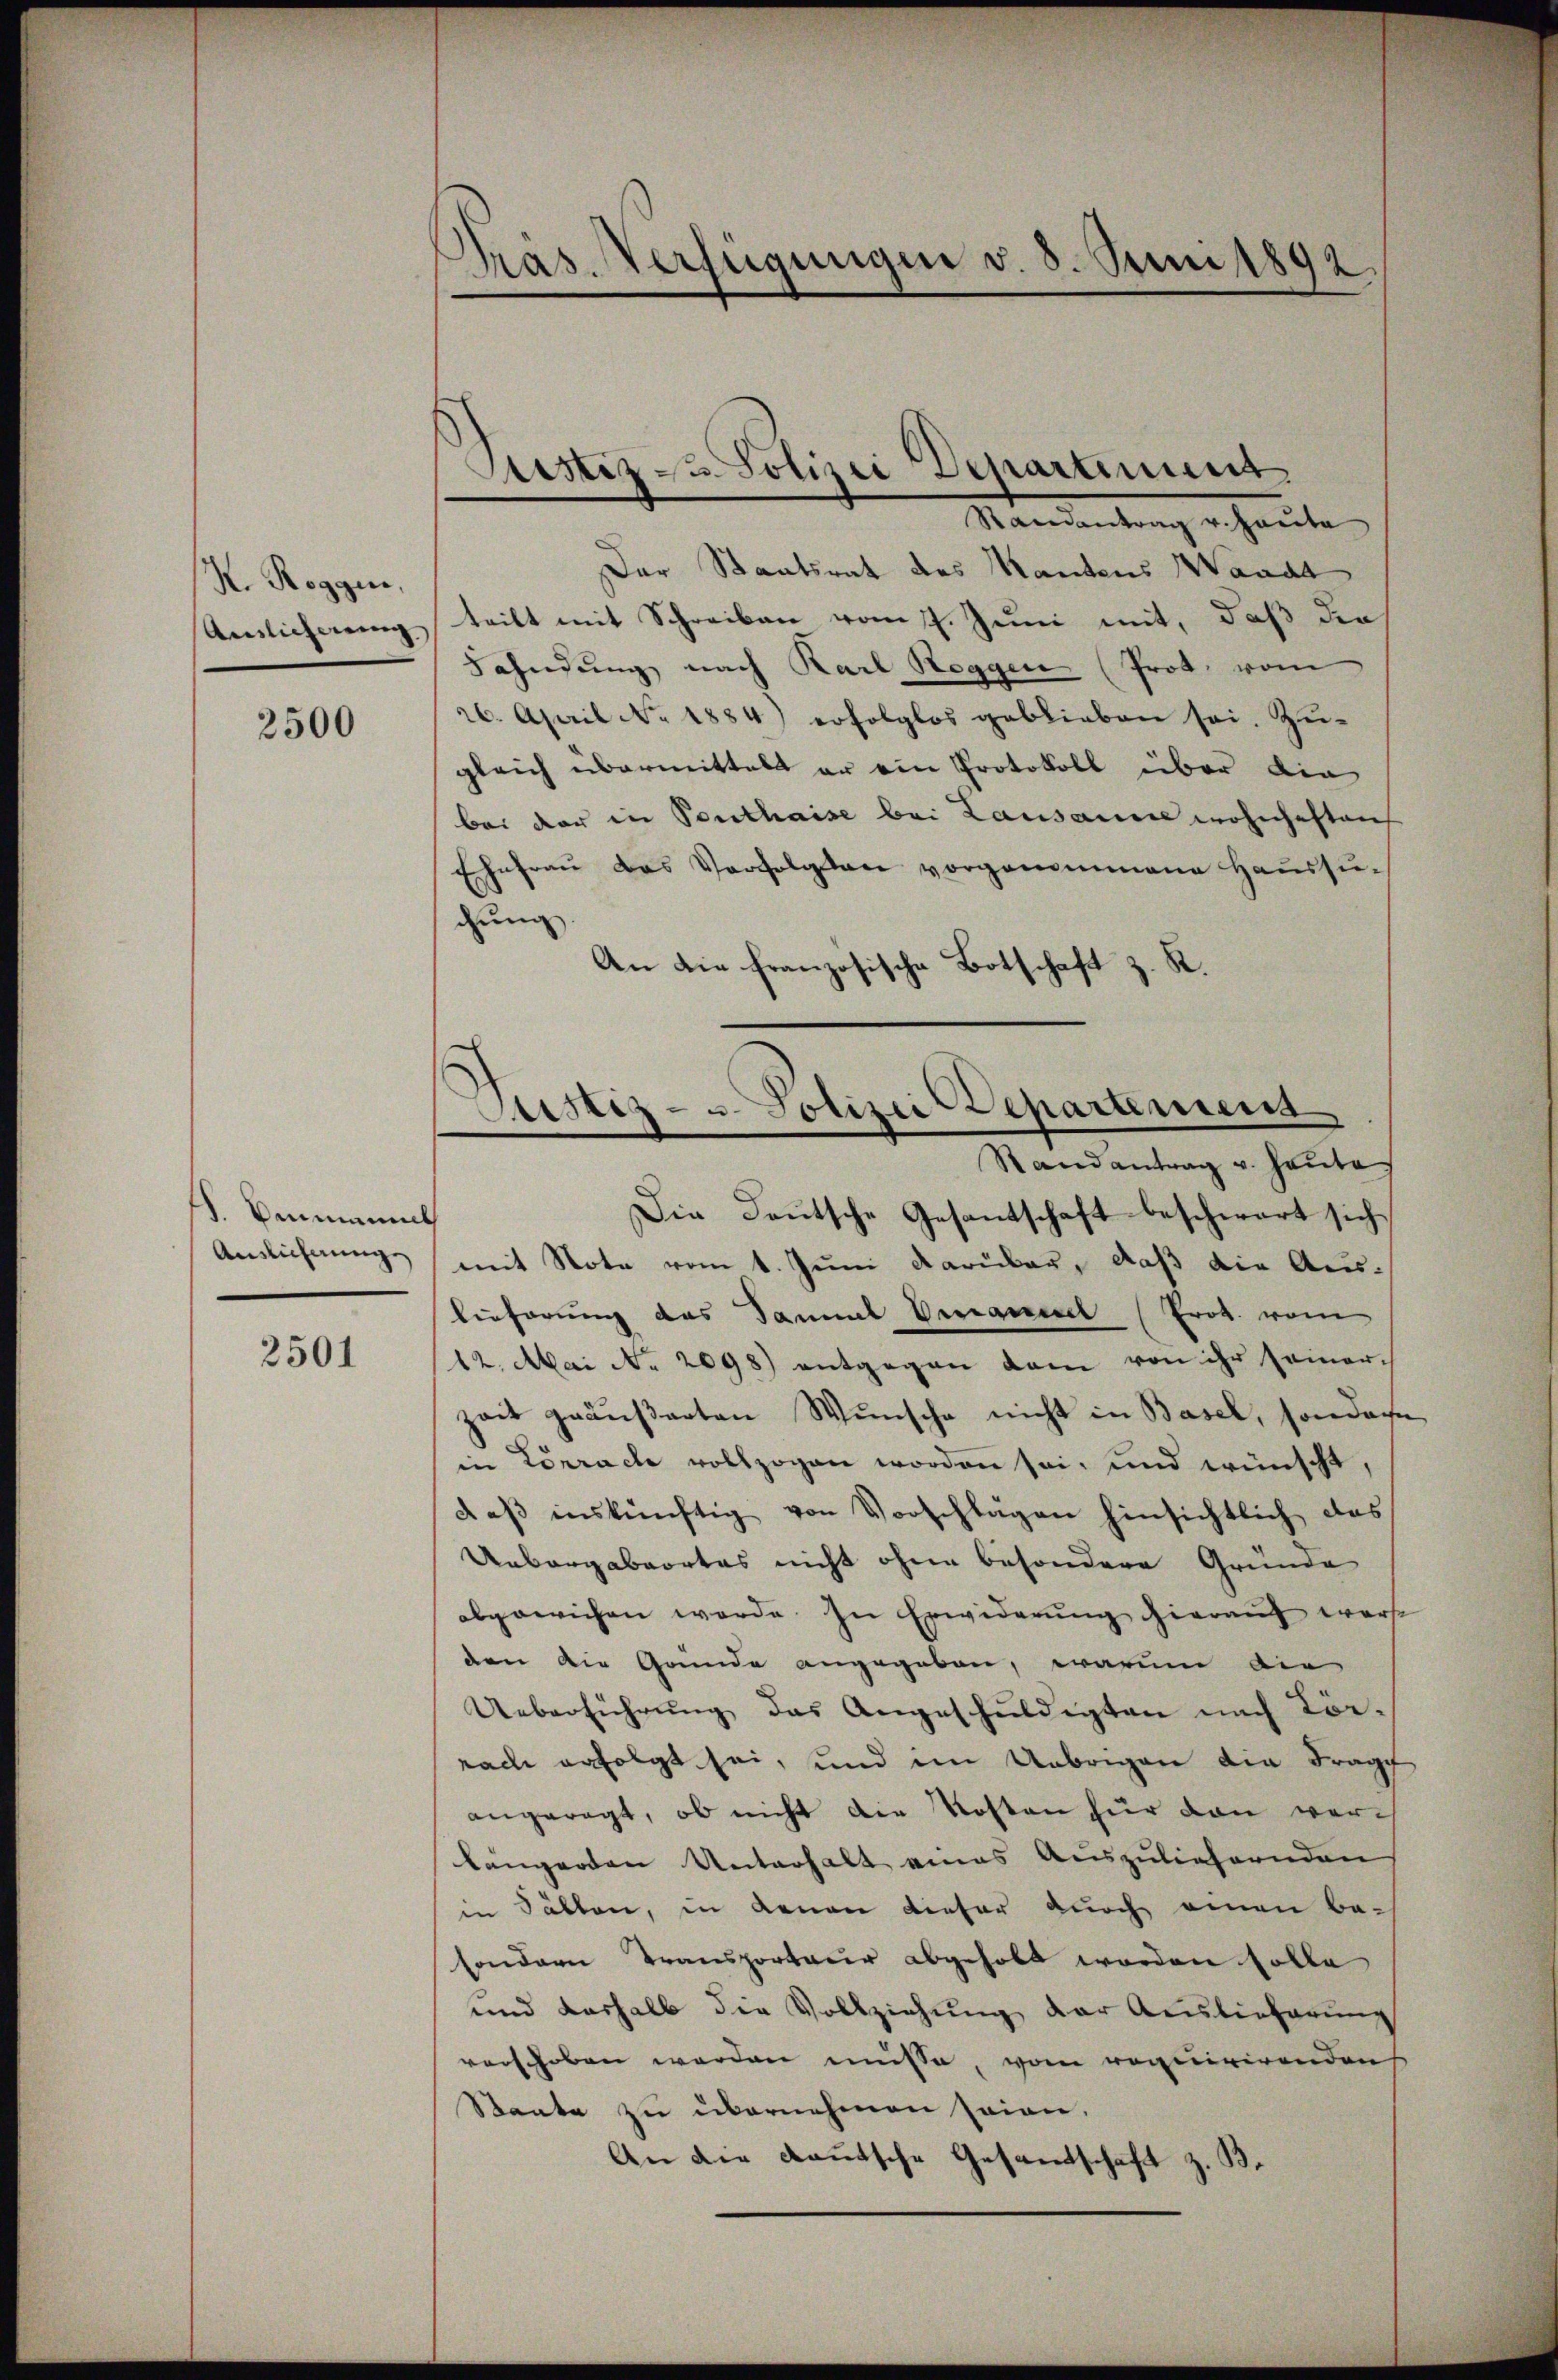
K. Roggen,
Anslicherung

2500

d. Bernannt
Auslichnung

2501

Präs. Verfügungen v. 8. Juni 1892.

Justiz- u. Polizei Departinient.

Mandantung erhaute.
Der Staatsrat des Kantons Waadt
teilt mit Schreiben vom 7. Juni mit, daß die
Fahndung nach Karl Roggen (Prot. vom
26. April No 1884) erfolglos geblieben sei. Zŭ-
gleich übermittelt er ein Protokoll über die
bei der in Panthaise bei Lausanne wohnhaften
Ehefraŭ des Verfolgten vorgenommene Haŭssŭ-
chung
An die französische Botschaft z. R.
Randantrag v. Heute
Die Deutsche Gesandschaft beschwert sich
mit Note vom 1. Juni darüber, daß die Auslieferung des Sammel Veranedel (Prot. vom
12. Mai No 2098) entgegen dem von ihr seiner-
zeit gräŭβarten Wŭnsche nicht in Basel, sonder
in Lörrache vollzogen worden sei, und wünscht,
daβ inskünftig von Vorschlägen hinsichtlich das
Uebergabeortes nicht ohne besondere Gründe
abgewichen werde. In Erwiderŭng hieraŭf werden die Grunde angegeben, warum die
Ueberführŭng das Angeschŭldigten nach Körrach erfolgt sei, und im Uebrigen die Frage
angeregt, ob nicht die Kosten für von worlängerten Unterhalt eines Auszuliefernden
in Fällen, in denen dieser durch einen besondern Transporteur abgeholt worden solle
und deshalb die Vollziehung der Auslieferung
verschoben werden müsse, vom requirirenden
Staate zu übernehmen seien,
An die Kautsche Gesamtschaft z. B.

Justiz- u. Polizei Departemend